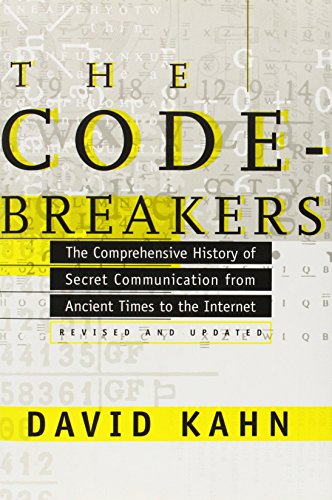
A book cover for The Codebreakers: The Comprehensive History of Secret Communication from Ancient Times to the Internet; David Kahn; Business & Money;